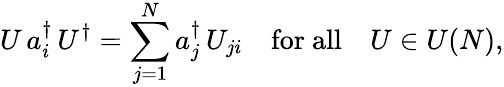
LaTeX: U\, a_{i}^{\dagger}\, U^{\dagger}=\sum_{j=1}^{N}a_{j}^{\dagger}\, U_{ji}\quad{\mathrm{for~all}}\quad U\in U(N),